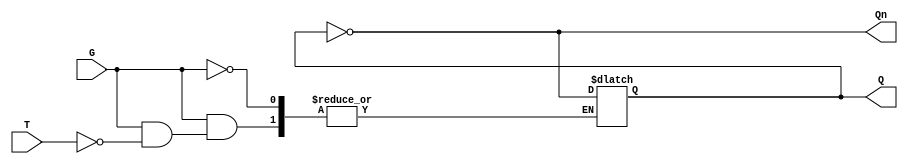
module GatedT_Latch (
    input wire T,     // Toggle input
    input wire G,     // Gate signal
    output reg Q,     // Output
    output wire Qn    // Complement output
);

// Complement output
assign Qn = ~Q;

// Always block to implement the behavior of the Gated T Latch
always @(*) begin
    if (G) begin
        // When G is high, check the toggle input T
        if (T) begin
            // Toggle the output Q
            Q = ~Q;
        end
        // If T is low, retain the current state of Q
    end
    // If G is low, retain the current state of Q
end

endmodule